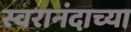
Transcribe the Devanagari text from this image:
स्वरानंदाच्या